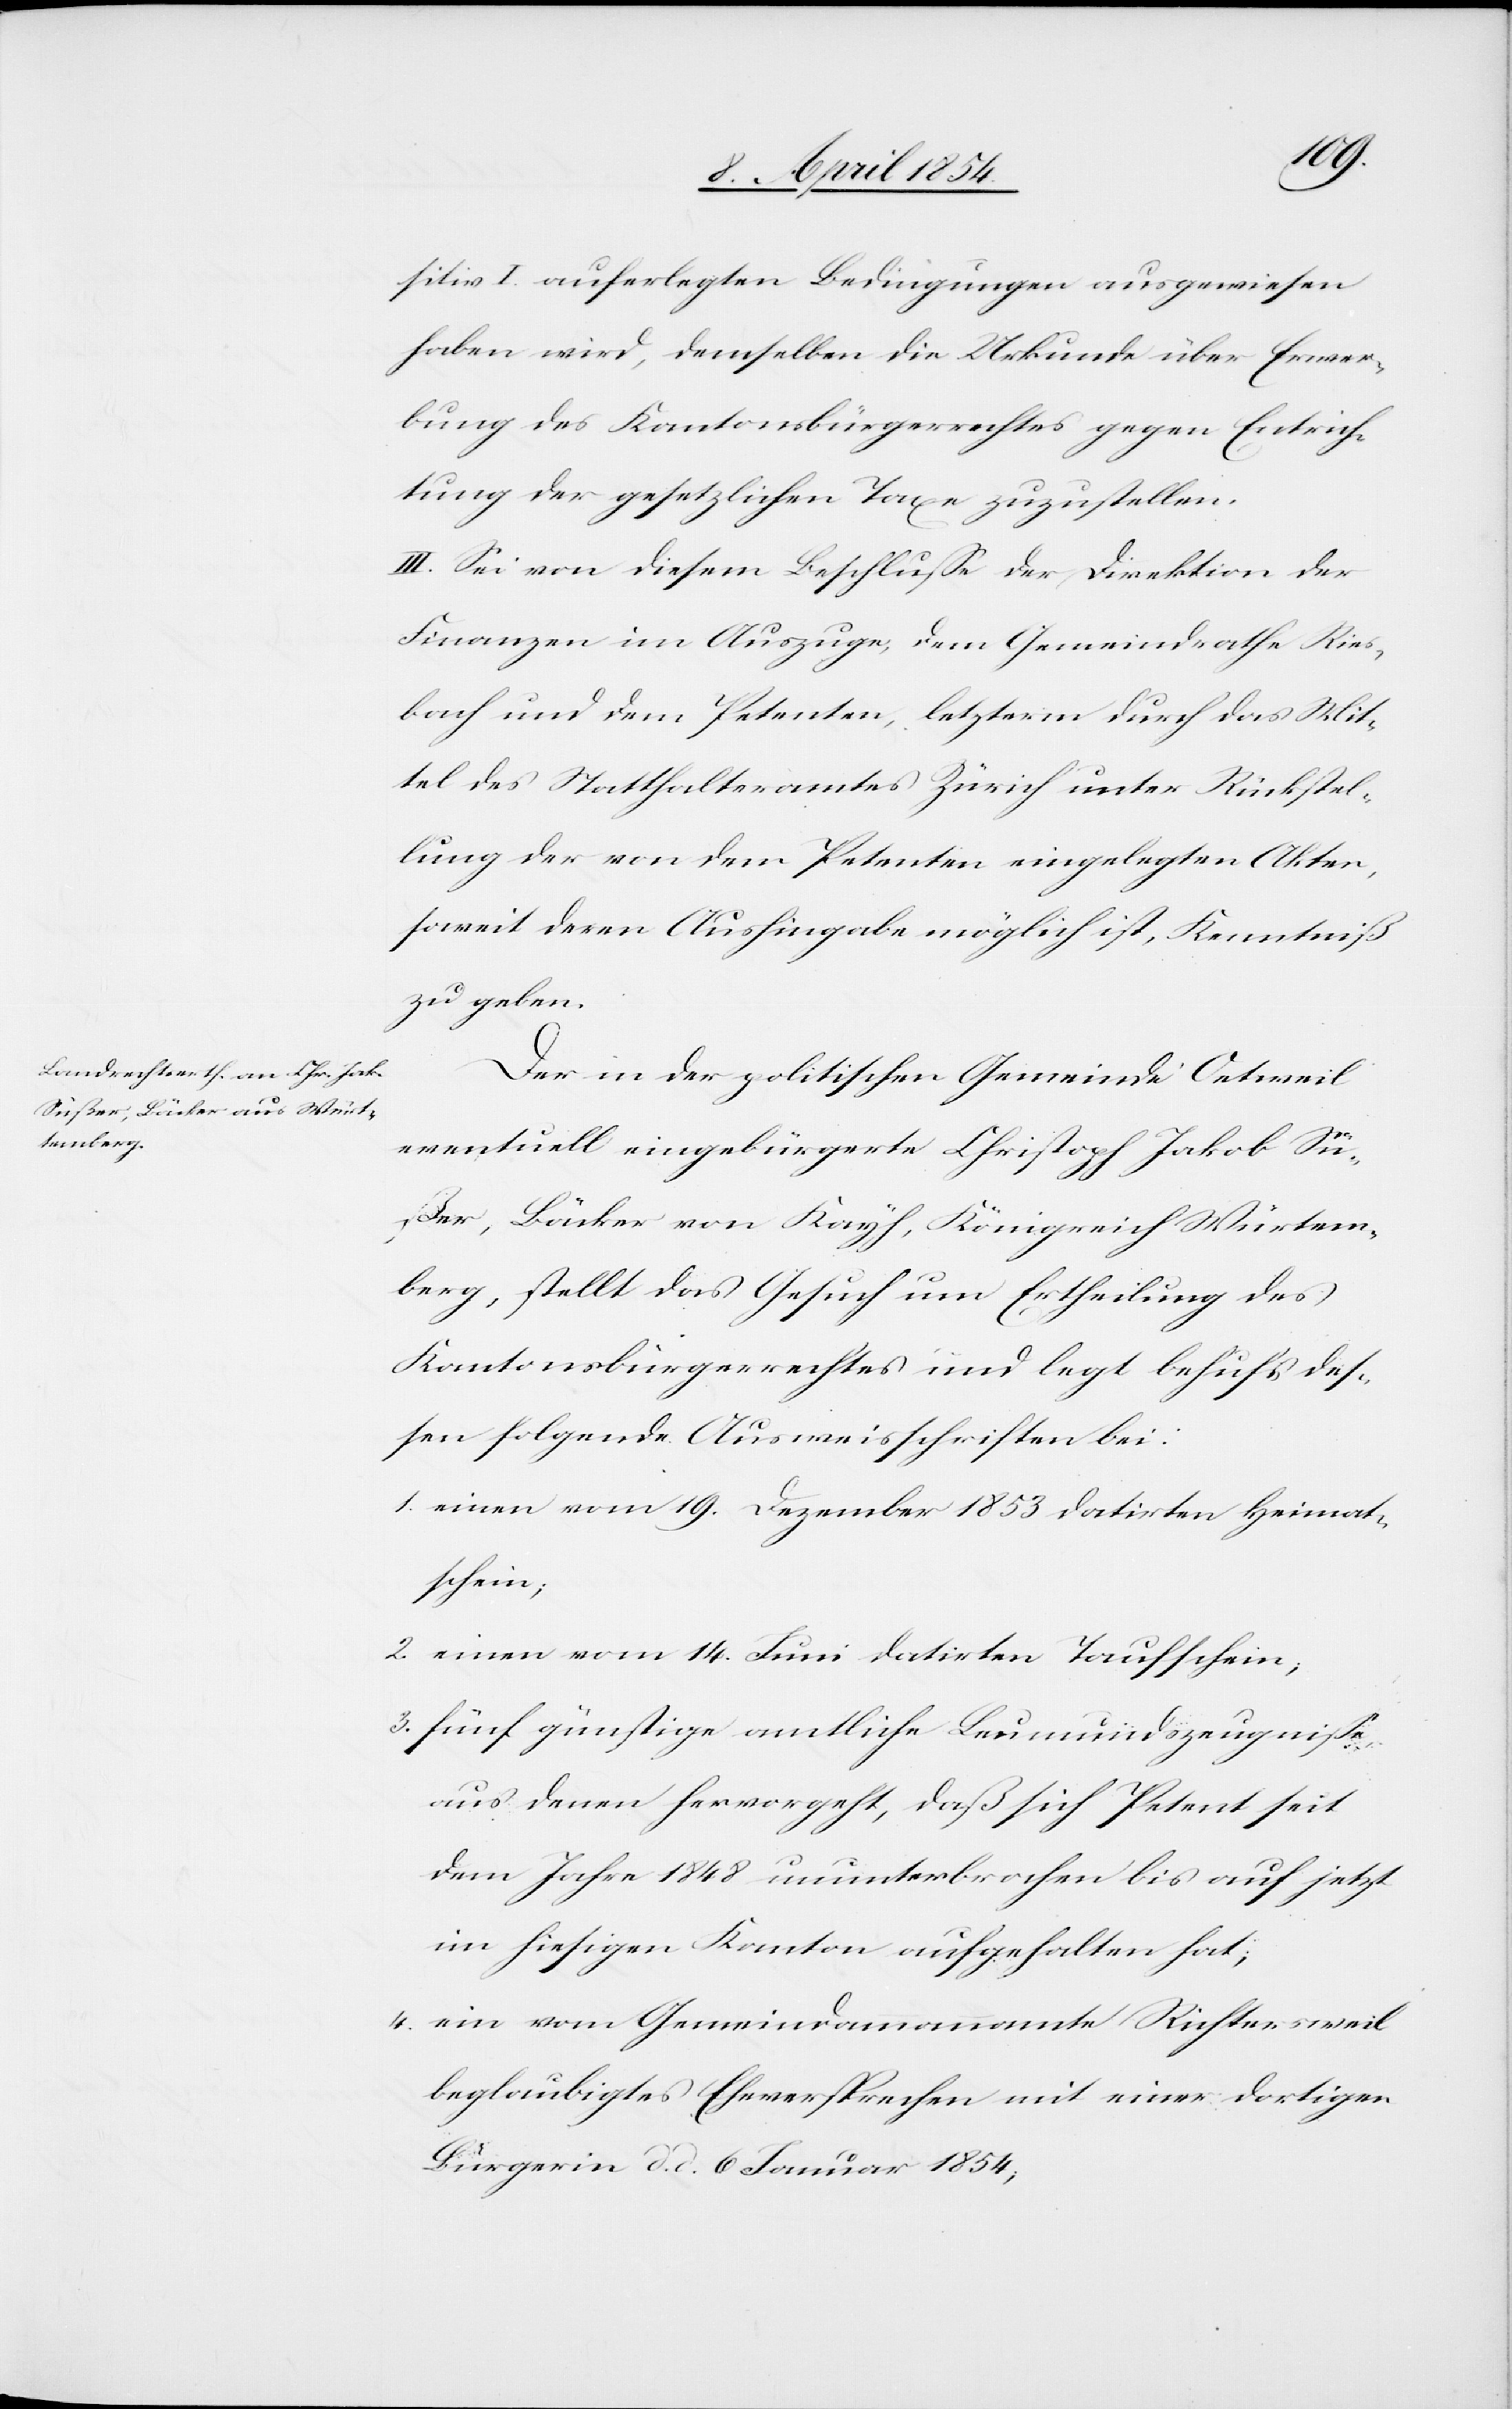
sitiv I. auferlegten Bedingungen ausgewiesen
haben wird, demselben die Urkunde über Erwer¬
bung des Kantonsbürgerrechtes gegen Entrich¬
tung der gesetzlichen Taxen zuzustellen.
III. Sei von diesem Beschluße der Direktion der
Finanzen im Auszuge, dem Gemeindrathe Ries¬
bach und dem Petenten, letzterm durch das Mit¬
tel des Statthalteramtes Zürich unter Rückstel¬
lung der von dem Petenten eingelegten Akten,
soweit deren Aushingabe möglich ist, Kenntniß
zu geben.
Der in der politischen Gemeinde Oetweil
eventuell eingebürgerte Christoph Jakob Sü¬
ß, Bäcker von Kayh, Königreich Württem¬
berg, stellt das Gesuch um Ertheilung des
Kantonsbürgerrechtes und legt behufs des¬
sen folgende Ausweisschriften bei:
1. einen vom 19. Dezember 1853 datirten Heimat¬
schein;
2. einen vom 14. Juni datirten Taufschein;
3. fünf günstige amtliche Leumundszeugniße,
aus denen hervorgeht, daß sich Petent seit
dem Jahre 1848 ununterbrochen bis auf jetzt
im hiesigen Kanton aufgehalten hat;
4. ein vom Gemeindammannamte Richtersweil
beglaubigtes Eheversprechen mit einer dortigen
Bürgerin d. d. 6 Januar 1854;